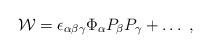
LaTeX: \begin{align*}{\cal W}=\epsilon_{\alpha\beta\gamma} \Phi_\alpha P_\beta P_\gamma+\dots~,\end{align*}